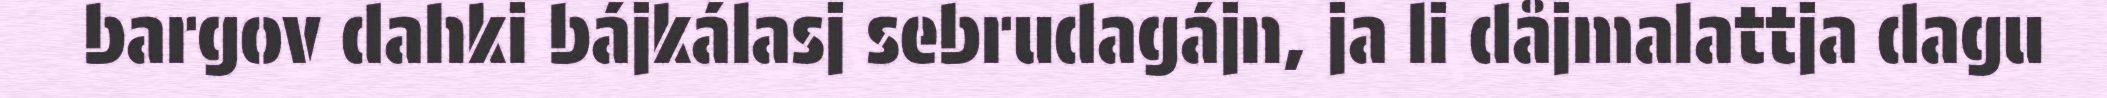
bargov dahki bájkálasj sebrudagájn, ja li dåjmalattja dagu